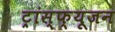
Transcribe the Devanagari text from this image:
ट्रांस्फ्यूजन